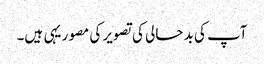
آپ کی بد حالی کی تصویر کی مصور یہی ہیں۔